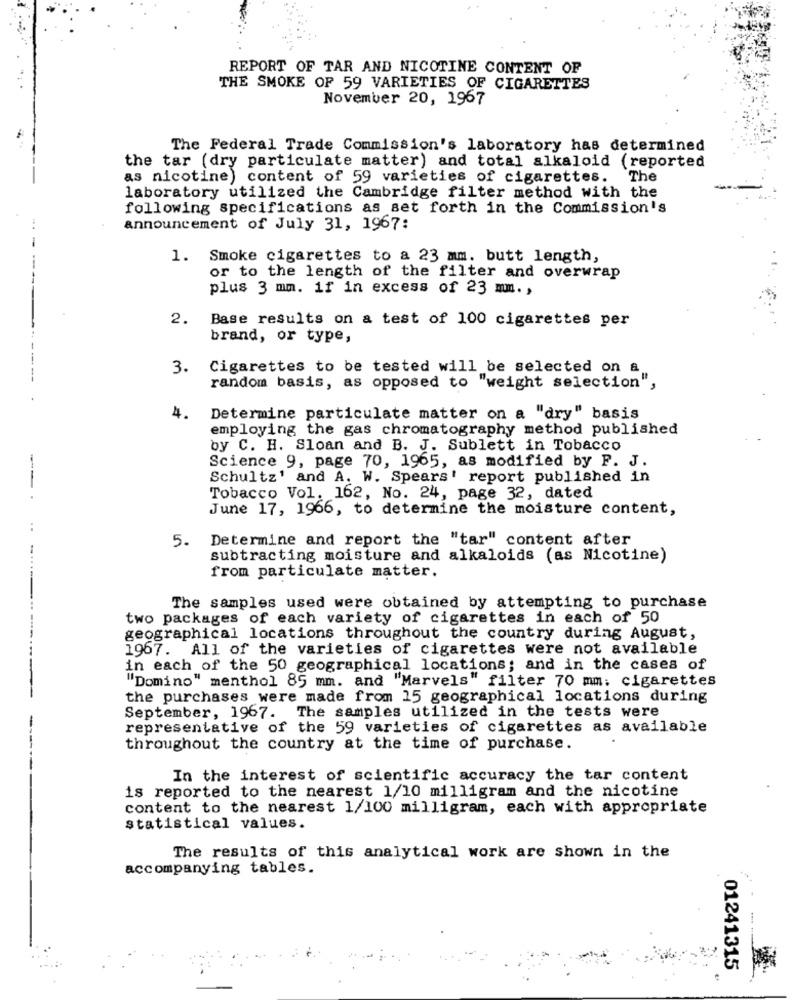
REPORT OF TAR AND NICOTINE CONTENT OF
THE SMOKE OF 59 VARIETIES OF CIGARETTES
November 20, 1967
The Federal Trade Commission's laboratory has determined
the tar (dry particulate matter) and total alkaloid (reported
as nicotine) content of 59 varieties of cigarettes.
The
laboratory utilized the Cambridge filter method with the
following specifications as set forth in the Commission's
announcement of July 31, 1967:
-
1. Smoke cigarettes to a 23 mm. butt length,
or to the length of the filter and overwrap
plus 3 mm. if in excess of 23 mm .,
2.
Base results on a test of 100 cigarettes per
brand, or type,
3.
Cigarettes to be tested will be selected on a
random basis, as opposed to "weight selection",
4.
Determine particulate matter on a "dry" basis
employing the gas chromatography method published
by C. H. Sloan and B. J. Sublett in Tobacco
Science 9, page 70, 1965, as modified by P. J.
Schultz' and A. W. Spears' report published in
Tobacco Vol. 162, No. 24, page 32, dated
June 17, 1966, to determine the moisture content,
5. Determine and report the "tar" content after
subtracting moisture and alkaloids (as Nicotine)
from particulate matter.
The samples used were obtained by attempting to purchase
two packages of each variety of cigarettes in each of 50
geographical locations throughout the country during August,
1967. All of the varieties of cigarettes were not available
in each of the 50 geographical locations; and in the cases of
"Domino" menthol 85 mm. and "Marvels" filter 70 mm: cigarettes
the purchases were made from 15 geographical locations during
September, 1967. The samples utilized in the tests were
representative of the 59 varieties of cigarettes as available
throughout the country at the time of purchase.
In the interest of scientific accuracy the tar content
is reported to the nearest 1/10 milligram and the nicotine
content to the nearest 1/100 milligram, each with appropriate
statistical values.
The results of this analytical work are shown in the
accompanying tables.
01241315